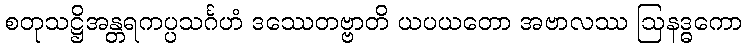
စတုသဋ္ဌိအန္တရကပ္ပသင်္ဂဟံ ဒဿေတဗ္ဗာတိ ယပယတော အဗာလဿ ဩနဒ္ဓကော